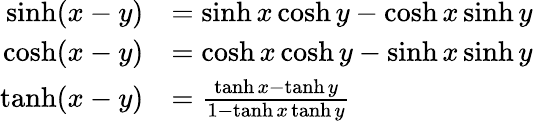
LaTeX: {\begin{array}{rl}{\sinh(x-y)}&{=\sinh x\cosh y-\cosh x\sinh y}\\ {\cosh(x-y)}&{=\cosh x\cosh y-\sinh x\sinh y}\\ {\operatorname{tanh}(x-y)}&{={\frac{\operatorname{tanh}x-\operatorname{tanh}y}{1-\operatorname{tanh}x\operatorname{tanh}y}}}\end{array}}